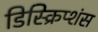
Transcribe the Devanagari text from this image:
डिस्क्रिप्शंस